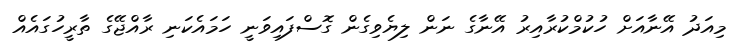
މިއަދު އޭނާއަށް ހުކުމްކުރާއިރު އޭނާގެ ނަން ލިޔެވިގެން ގޮސްފައިވަނީ ހަމައެކަނި ރާއްޖޭގެ ތާރީހުގައެއް